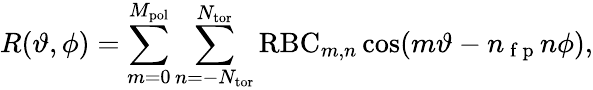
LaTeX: R(\vartheta,\phi)=\sum_{m=0}^{M_{\mathrm{pol}}}\sum_{n=-N_{\mathrm{tor}}}^{N_{\mathrm{tor}}}\mathrm{RBC}_{m,n}\cos(m\vartheta-n_{\mathrm{~f~p~}}n\phi),